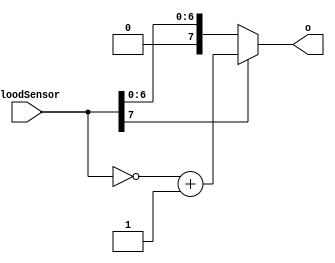
`timescale 1 ns/1 ns
module AbsoluteCalculator(
input [7:0]bloodSensor,
output[7:0]o
    );

//https://www.fpgarelated.com/showthread/comp.arch.fpga/92410-1.php
assign o = bloodSensor[7]?(~bloodSensor+1'b1):bloodSensor;
endmodule